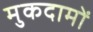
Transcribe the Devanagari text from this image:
मुकदामों